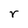
Character: r